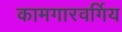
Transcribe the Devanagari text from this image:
कामगारवर्गिय